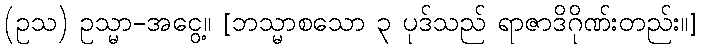
(ဥသ) ဥသ္မာ-အငွေ့။ [ဘသ္မာစသော ၃ ပုဒ်သည် ရာဇာဒိဂိုဏ်းတည်း။]